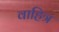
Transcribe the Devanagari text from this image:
वाहित्र